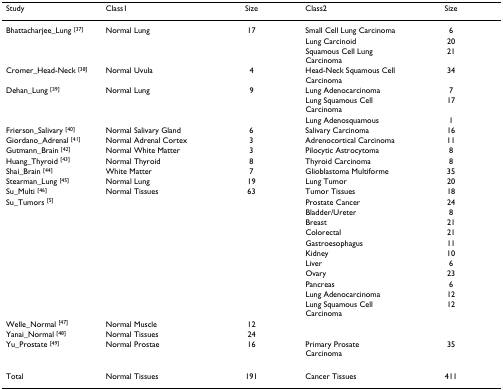
<table><thead><tr><td><b>Study</b></td><td><b>Class1</b></td><td><b>Size</b></td><td><b>Class2</b></td><td><b>Size</b></td></tr></thead><tbody><tr><td>Bhattacharjee_Lung <sup>[37]</sup></td><td>Normal Lung</td><td>17</td><td>Small Cell Lung Carcinoma</td><td>6</td></tr><tr><td></td><td></td><td></td><td>Lung Carcinoid</td><td>20</td></tr><tr><td></td><td></td><td></td><td>Squamous Cell Lung Carcinoma</td><td>21</td></tr><tr><td>Cromer_Head-Neck <sup>[38]</sup></td><td>Normal Uvula</td><td>4</td><td>Head-Neck Squamous Cell Carcinoma</td><td>34</td></tr><tr><td>Dehan_Lung <sup>[39]</sup></td><td>Normal Lung</td><td>9</td><td>Lung Adenocarcinoma</td><td>7</td></tr><tr><td></td><td></td><td></td><td>Lung Squamous Cell Carcinoma</td><td>17</td></tr><tr><td></td><td></td><td></td><td>Lung Adenosquamous</td><td>1</td></tr><tr><td>Frierson_Salivary <sup>[40]</sup></td><td>Normal Salivary Gland</td><td>6</td><td>Salivary Carcinoma</td><td>16</td></tr><tr><td>Giordano_Adrenal <sup>[41]</sup></td><td>Normal Adrenal Cortex</td><td>3</td><td>Adrenocortical Carcinoma</td><td>11</td></tr><tr><td>Gutmann_Brain <sup>[42]</sup></td><td>Normal White Matter</td><td>3</td><td>Pilocytic Astrocytoma</td><td>8</td></tr><tr><td>Huang_Thyroid <sup>[43]</sup></td><td>Normal Thyroid</td><td>8</td><td>Thyroid Carcinoma</td><td>8</td></tr><tr><td>Shai_Brain <sup>[44]</sup></td><td>White Matter</td><td>7</td><td>Glioblastoma Multiforme</td><td>35</td></tr><tr><td>Stearman_Lung <sup>[45]</sup></td><td>Normal Lung</td><td>19</td><td>Lung Tumor</td><td>20</td></tr><tr><td>Su_Multi <sup>[46]</sup></td><td>Normal Tissues</td><td>63</td><td>Tumor Tissues</td><td>18</td></tr><tr><td>Su_Tumors <sup>[5]</sup></td><td></td><td></td><td>Prostate Cancer</td><td>24</td></tr><tr><td></td><td></td><td></td><td>Bladder/Ureter</td><td>8</td></tr><tr><td></td><td></td><td></td><td>Breast</td><td>21</td></tr><tr><td></td><td></td><td></td><td>Colorectal</td><td>21</td></tr><tr><td></td><td></td><td></td><td>Gastroesophagus</td><td>11</td></tr><tr><td></td><td></td><td></td><td>Kidney</td><td>10</td></tr><tr><td></td><td></td><td></td><td>Liver</td><td>6</td></tr><tr><td></td><td></td><td></td><td>Ovary</td><td>23</td></tr><tr><td></td><td></td><td></td><td>Pancreas</td><td>6</td></tr><tr><td></td><td></td><td></td><td>Lung Adenocarcinoma</td><td>12</td></tr><tr><td></td><td></td><td></td><td>Lung Squamous Cell Carcinoma</td><td>12</td></tr><tr><td>Welle_Normal <sup>[47]</sup></td><td>Normal Muscle</td><td>12</td><td></td><td></td></tr><tr><td>Yanai_Normal <sup>[48]</sup></td><td>Normal Tissues</td><td>24</td><td></td><td></td></tr><tr><td>Yu_Prostate <sup>[49]</sup></td><td>Normal Prostae</td><td>16</td><td>Primary Prosate Carcinoma</td><td>35</td></tr><tr><td>Total</td><td>Normal Tissues</td><td>191</td><td>Cancer Tissues</td><td>411</td></tr></tbody></table>